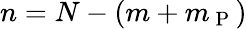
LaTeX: n=N-(m+m_{\mathrm{~P~}})